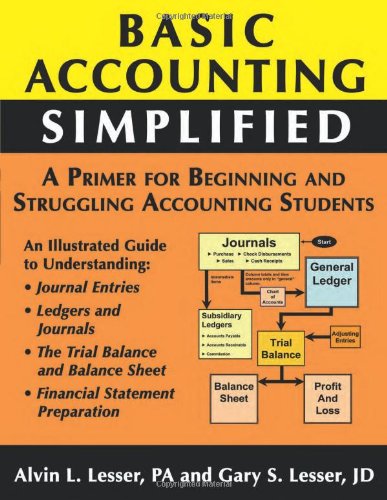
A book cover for Basic Accounting Simplified; Gary S Lesser; Business & Money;